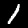
Digit: 1